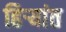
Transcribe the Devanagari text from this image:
हिर्‍यांत